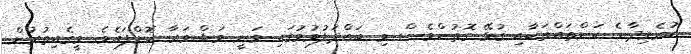
ކުރެވިދާނެ ކަންތައްތަކާއި ގުޅޭ ގޮތުންވެސް މި ބައްދަލުވުމުގައި ވަނީ މަޝްވަރާ ކޮށްފައެވެ. މީގެއިތުރުން